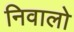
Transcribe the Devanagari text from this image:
निवालो